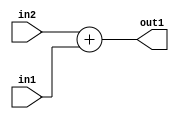
`timescale 1ps / 1ps
/*****************************************************************************
    Verilog RTL Description
    
    
    Created by: Stratus DpOpt 21.05.01 
*******************************************************************************/

module Filter_Add_5Ux2U_5U_4 (
	in2,
	in1,
	out1
	); /* architecture "behavioural" */ 
input [4:0] in2;
input [1:0] in1;
output [4:0] out1;
wire [4:0] asc001;

assign asc001 = 
	+(in2)
	+(in1);

assign out1 = asc001;
endmodule

/* CADENCE  urnySAA= : u9/ySxbfrwZIxEzHVQQV8Q== ** DO NOT EDIT THIS LINE ******/